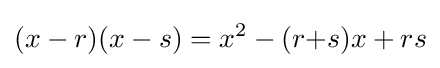
(x-r)(x-s)=x^{2}-(r{+}s)x+rs